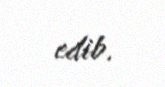
edib.